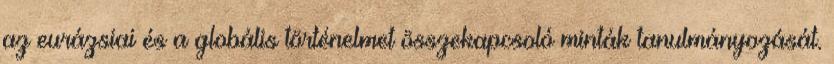
az eurázsiai és a globális történelmet összekapcsoló minták tanulmányozását.